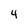
Character: 4